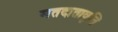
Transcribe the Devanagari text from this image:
मतदातावृत्ति